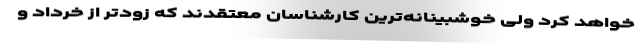
خواهد کرد ولی خوشبینانه‌ترین کارشناسان معتقدند که زودتر از خرداد و